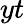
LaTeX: yt